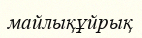
майлықұйрық